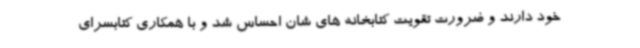
خود دارند و ضرورت تقویت کتابخانه های شان احساس شد و با همکاری کتابسرای